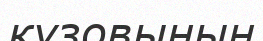
кузовының